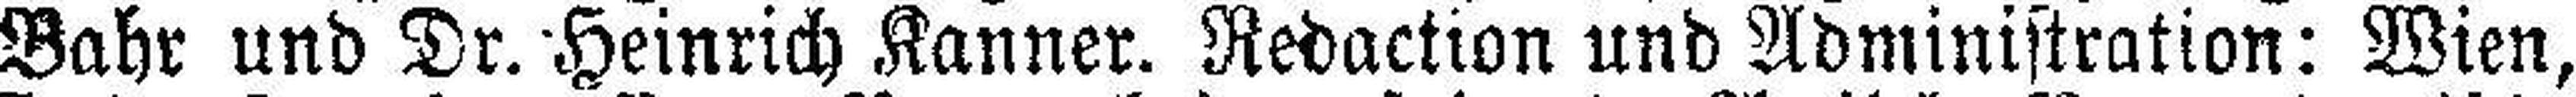
Bahr und Dr. Heinrich Kanner. Redaction und Administration: Wien,